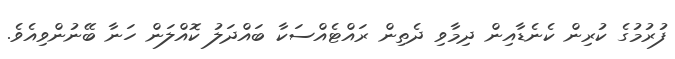
ފުރުމުގެ ކުރިން ކެނެޑާއިން ދިމާވި ދެތިން ރައްޓެއްސަކާ ބައްދަލު ކޮއްލަން ހަނާ ބޭނުންވިއެވެ.